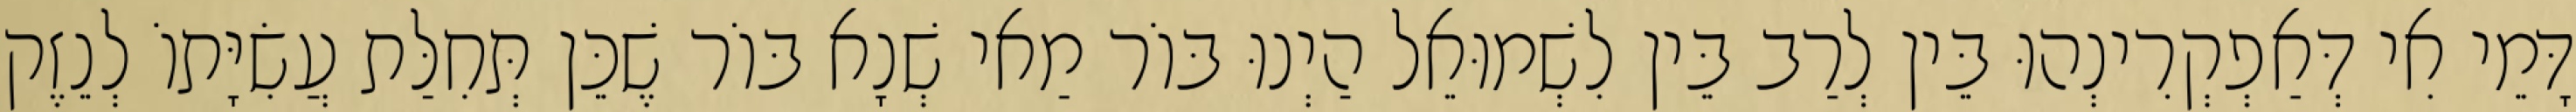
דָּמֵי אִי דְּאַפְקְרִינְהוּ בֵּין לְרַב בֵּין לִשְׁמוּאֵל הַיְנוּ בּוֹר מַאי שְׁנָא בּוֹר שֶׁכֵּן תְּחִלַּת עֲשִׂיָּתוֹ לְנֵזֶק